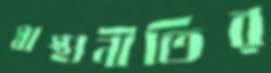
স্বাস্থ্যনীতির